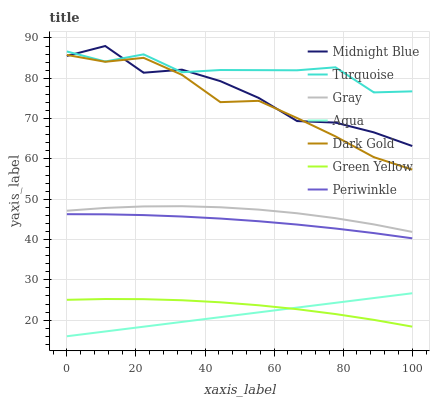
| xaxis_label | Midnight Blue | Turquoise | Gray | Aqua | Dark Gold | Green Yellow | Periwinkle |
 | --- | --- | --- | --- | --- | --- | --- | --- |
 | 0 | 85.5 | 86.6 | 47.1 | 16 | 85.8 | 25 | 46.3 |
 | 11.1 | 88 | 84.2 | 47.8 | 17.2 | 84.1 | 25.2 | 46.2 |
 | 22.2 | 81.4 | 85.9 | 48.2 | 18.4 | 85.1 | 25.2 | 46.1 |
 | 33.3 | 82.1 | 81.5 | 48.3 | 19.6 | 80.8 | 24.9 | 45.7 |
 | 44.4 | 79.3 | 82 | 48 | 20.7 | 74.1 | 24.4 | 45.2 |
 | 55.6 | 75.1 | 82 | 47.4 | 21.9 | 74.4 | 23.7 | 44.5 |
 | 66.7 | 69.4 | 82 | 46.5 | 23.1 | 70.1 | 22.7 | 43.7 |
 | 77.8 | 69 | 82.7 | 45.3 | 24.3 | 65.6 | 21.5 | 42.7 |
 | 88.9 | 66.6 | 76.5 | 43.7 | 25.5 | 60.4 | 20.1 | 41.6 |
 | 100 | 63.2 | 76.8 | 41.9 | 26.7 | 57.3 | 18.4 | 40.3 |